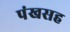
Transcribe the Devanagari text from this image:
पंखसह